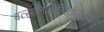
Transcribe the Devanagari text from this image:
वत्सलिकोचिताख्या।